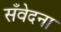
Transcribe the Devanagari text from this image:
सँवेदना